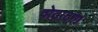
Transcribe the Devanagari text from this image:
वोटाटांग